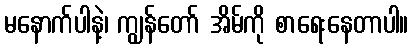
မနောက်ပါနဲ့၊ ကျွန်တော် အိမ်ကို စာရေးနေတာပါ။